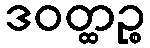
ဒဝတ္ထဉ္စ